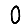
Digit: 0